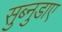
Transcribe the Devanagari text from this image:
सुब्नुडाए